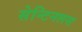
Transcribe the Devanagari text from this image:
सेन्टिनलस